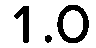
1.0